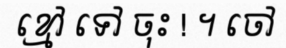
ខ្មៅ ទៅ ចុះ ! ។ ចៅ